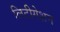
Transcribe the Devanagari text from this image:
लिटीगेशन